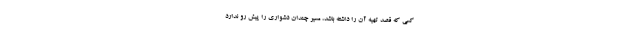
کسی که قصد تهیه آن را داشته باشد، مسیر چندان دشواری را پیش رو ندارد